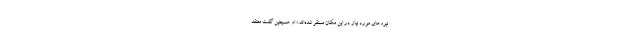
نیرو‌های مورد نیاز در این مکان مستقر شده‌اند.» او همچنین گفت معتقد